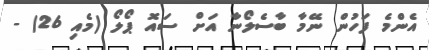
އެންމެ ފަހުން ނޭމާ ބާސެލޯނާ އަށް ސައޮ ޕޯލޯ (މެއި 26) -